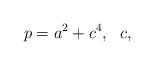
LaTeX: \begin{align*}p = a^2+c^4,\ \ c,\end{align*}